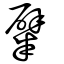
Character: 糪